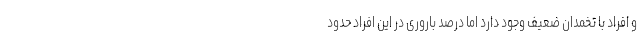
و افراد با تخمدان ضعیف وجود دارد اما درصد باروری در این افراد حدود